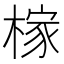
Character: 榢